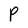
Character: P